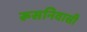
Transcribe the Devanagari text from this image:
रूसनिवासी